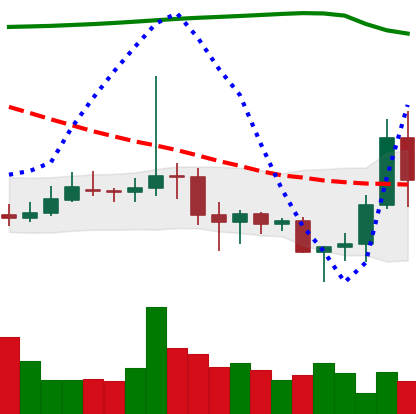
Ticker: DOGE-USD
Chart end date: 2020-11-07
Forward return: 4.043%
Label: up_3_5